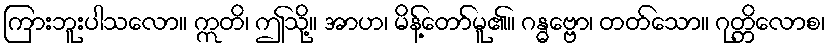
ကြားဘူးပါသလော။ ဣတိ၊ ဤသို့။ အာဟ၊ မိန့်တော်မူ၏။ ဂန္ဓဗ္ဗော၊ တတ်သော။ ဂုတ္တိလောစ၊